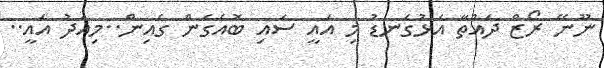
ނޫނޭ ރޯޒް ދައްތާ އަޅުގަނޑު މި އައީ ސައި ބޮއެގެން ގެއިން..މިއަދު އައީ..